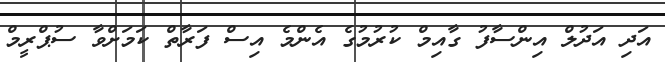
އަދި އަދުލް އިންސާފު ގާއިމް ކުރުމުގެ އެންމެ އިސް ފަރާތް ކަމަށްވާ ސުޕްރީމް